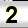
Digit: 2